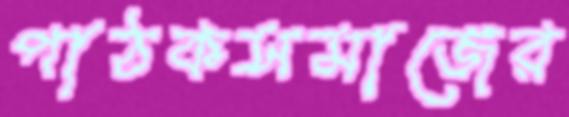
পাঠকসমাজের